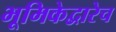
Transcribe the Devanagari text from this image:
भूमिकेद्वारेच